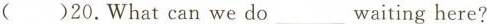
( )20.What can we do___waiting here?